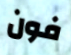
فون